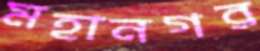
মহানগর